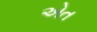
એત